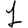
Digit: 1